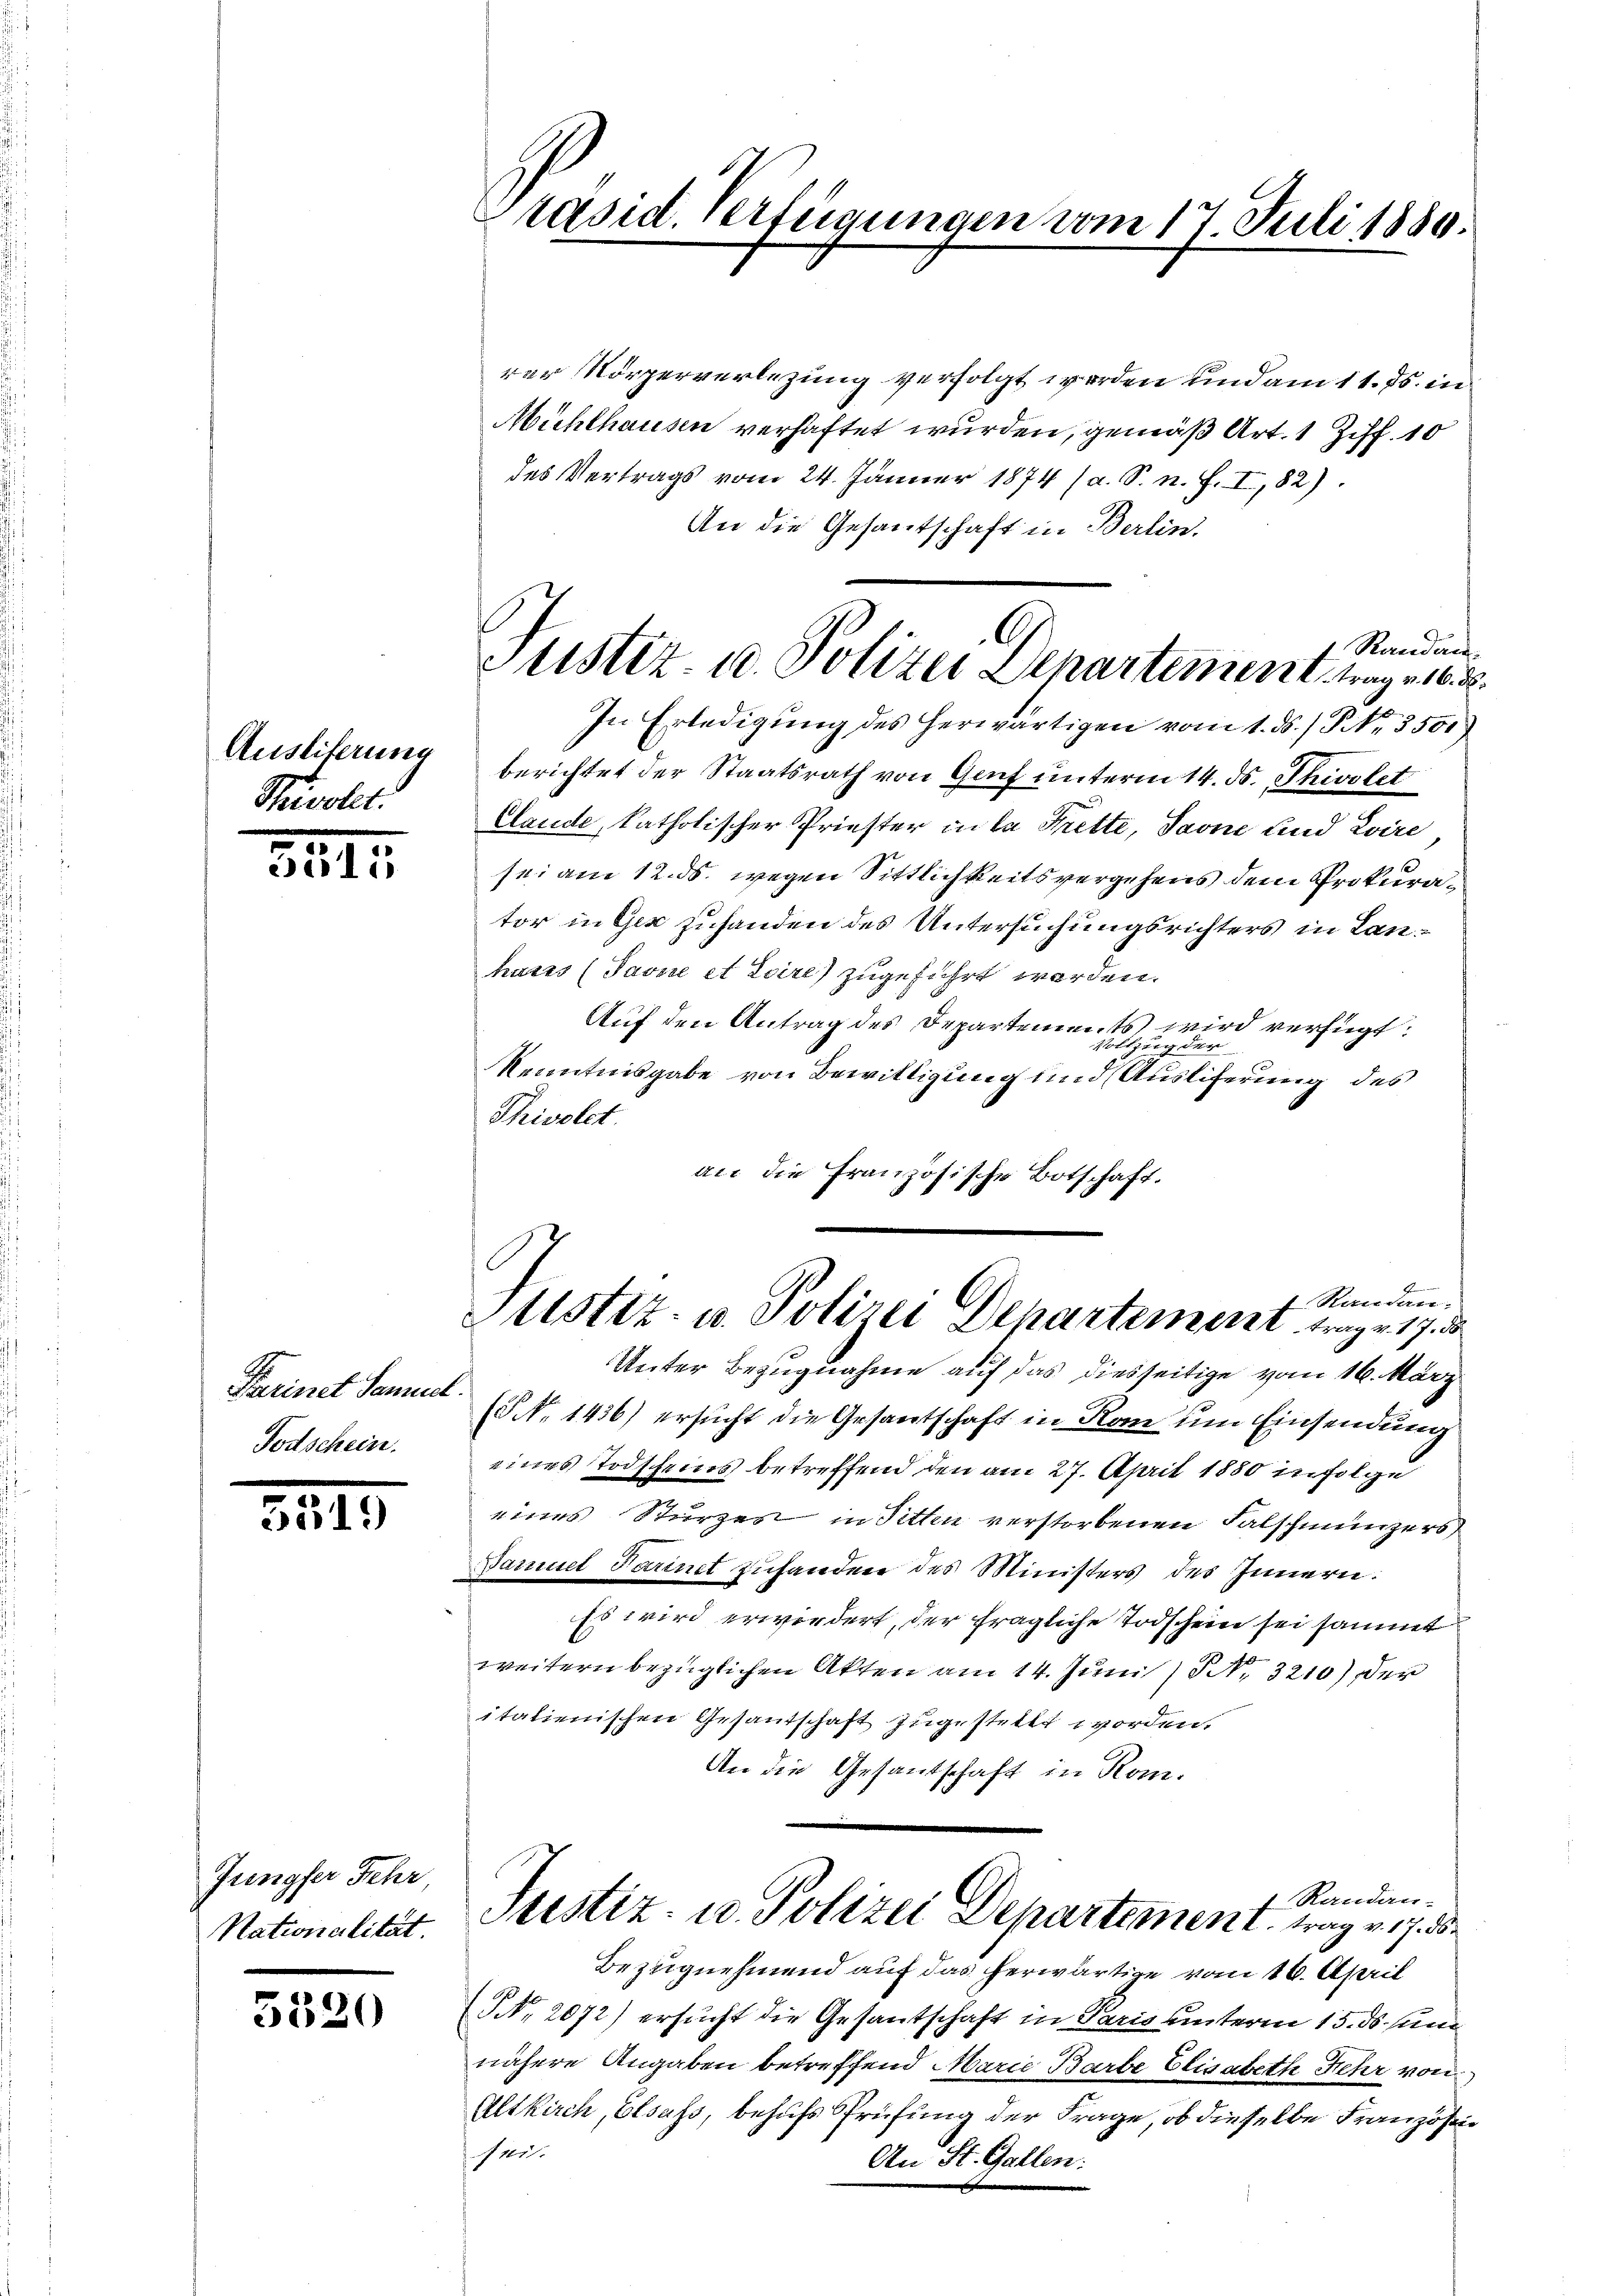
Ausliterung
5

3415

Farinet Samuel
Todschein.

55

)

Jungfer Fehr
Nationalität.

5320

Präsid. Verfügungen vom 17. Juli 1889.

G
Justiz- u. Polizei Departement, tag 163.

rer Körperverlegung verfolgt worden und am 11. ds. in
Mühlhausen verhaftet wurden, gemäß Art. 1 Ziff. 10
des Vertrags vom 24. Jänner 1874 (a. S. n. F. I, 82).
An die Gesantschaft in Berlin.
Randan
2
In Erledigung des herwärtigen vom 1. ds. / No. 3501
berichtet der Staatsrath von Genf unterm 14. ds. Thirlet
Claude, katholischer Priester in la Trette, Saone und Evire
sei am 12. ds. wegen Sittlichkeitsvergehens dem Prokurator in Gex zuhanden des Untersuchungsrichters in Lanhasss (Javue et Loire) zugeführt werden.
Auf den Antrag des Departements wird verfügt:
Vollzug der
Kenntnisgabe von Bewilligung und Ausliferung des
Shivolet.
an die Französische Botschaft.
b
7. Standen.
Mtstiz- u. Polizei Departement, trage 17. d
Unter Bezugnahme auf das diesseitige vom 16. März
(§ No 1436) ersucht die Gesantschaft in Rom um Einsendung
eines Todscheins betreffend den am 27. April 1880 in Folge
eines Sturzes in Sitten verstorbenen Falschmünzers
Samuel Tarinet zufanden des Ministers des Innern:
Es wird erwordert, der fragliche Todschein sei sammt
weitern bezüglichen Akten am 14. Juni / NNo. 3210) der
itatienischen Gesandtschaft zugestellt worden.
An die Gesandschaft in Kom-
+ Randan-
Justiz- u. Polizei Departement trag v. 17. 3
Bezugnehmend auf das herwärtige vom 16. April
NNo. 2072) ersucht die Gesantschaft in Paris unterm 15. ds. sun
nähere Angaben betreffend Marie Barbe Elisabeth Fehr von
Altkirch, Elsass, behufs Sprüfung der Frage, ob dieselbe Französi
1211.
An St. Gallen: